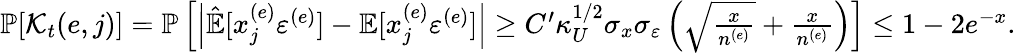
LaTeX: \begin{array}{r}{\mathbb{P}[\mathcal{K}_{t}(e,j)]=\mathbb{P}\left[\left|\hat{\mathbb{E}}[x_{j}^{(e)}\varepsilon^{(e)}]-\mathbb{E}[x_{j}^{(e)}\varepsilon^{(e)}]\right|\ge C^{\prime}\kappa_{U}^{1/2}\sigma_{x}\sigma_{\varepsilon}\left(\sqrt{\frac{x}{n^{(e)}}}+\frac{x}{n^{(e)}}\right)\right]\le 1-2e^{-x}.}\end{array}